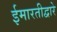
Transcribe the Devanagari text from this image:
ईमारतीद्वारे